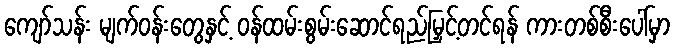
ကျော်သန်း မျက်ဝန်းတွေနှင့် ဝန်ထမ်းစွမ်းဆောင်ရည်မြှင့်တင်ရန် ကားတစ်စီးပေါ်မှာ